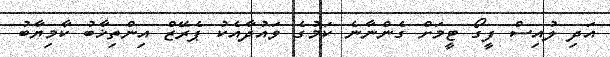
އަދި ލުއިސް ފީގޯ ޓީމަށް ގެންނާނެ ކަމުގެ ވައުދާއެކު ޕެރޭޒް އިންތިޚާބު ކާމިޔާބު